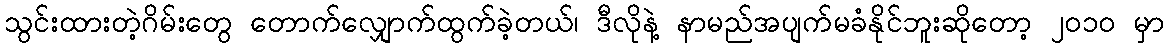
သွင်းထားတဲ့ဂိမ်းတွေ တောက်လျှောက်ထွက်ခဲ့တယ်၊ ဒီလိုနဲ့ နာမည်အပျက်မခံနိုင်ဘူးဆိုတော့ ၂၀၁၀ မှာ